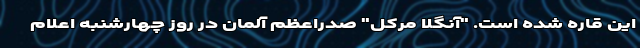
این قاره شده است. "آنگلا مرکل" صدراعظم آلمان در روز چهارشنبه اعلام